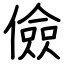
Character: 儉